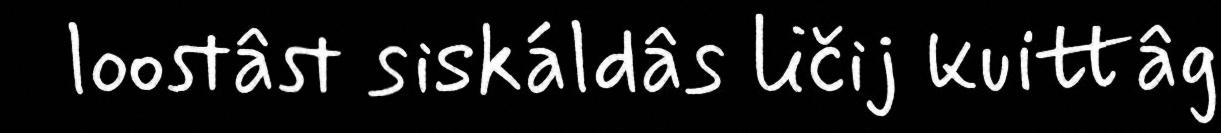
loostâst siskáldâs ličij kuittâg